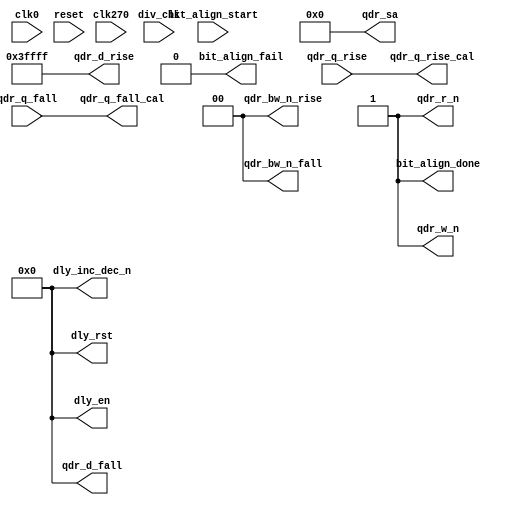
module qdrc_phy_bit_align(
    /* Misc signals */
    clk0, clk270,
    div_clk,
    reset,

    /* State control signals */
    bit_align_start,
    bit_align_done,
    bit_align_fail,

    /* Delay Control Signals */
    dly_inc_dec_n,
    dly_en,
    dly_rst,

    /* External QDR signals  */
    qdr_d_rise,
    qdr_d_fall,
    qdr_q_rise,
    qdr_q_fall,
    qdr_bw_n_rise,
    qdr_bw_n_fall,
    qdr_w_n,
    qdr_r_n,
    qdr_sa,

    /* Bit aligned Datal */
    qdr_q_rise_cal,
    qdr_q_fall_cal 
  );
  parameter DATA_WIDTH   = 18;
  parameter BW_WIDTH     = 2;
  parameter ADDR_WIDTH   = 21;
  parameter CLK_FREQ     = 200;
  parameter BURST_LENGTH = 4;
  parameter BYPASS       = 1;
  
  input clk0, clk270, div_clk, reset;

  input  bit_align_start;
  output bit_align_done, bit_align_fail;

  output [DATA_WIDTH - 1:0] dly_inc_dec_n;
  output [DATA_WIDTH - 1:0] dly_en;
  output [DATA_WIDTH - 1:0] dly_rst;

  output [DATA_WIDTH - 1:0] qdr_d_rise;
  output [DATA_WIDTH - 1:0] qdr_d_fall;
  input  [DATA_WIDTH - 1:0] qdr_q_rise;
  input  [DATA_WIDTH - 1:0] qdr_q_fall;
  output   [BW_WIDTH - 1:0] qdr_bw_n_rise;
  output   [BW_WIDTH - 1:0] qdr_bw_n_fall;
  output qdr_w_n;
  output qdr_r_n;
  output [ADDR_WIDTH - 1:0] qdr_sa;

  output [DATA_WIDTH - 1:0] qdr_q_rise_cal;
  output [DATA_WIDTH - 1:0] qdr_q_fall_cal; 

  localparam STATE_IDLE   = 3'd0;
  localparam STATE_WRITE  = 3'd1;
  localparam STATE_WAIT   = 3'd2;
  localparam STATE_TRAIN  = 3'd3;
  localparam STATE_ALIGN  = 3'd4;
  localparam STATE_FINISH = 3'd5;
  localparam STATE_DONE   = 3'd6;

/**************** GENERATE BYPASS PHY ************************/
generate if (BYPASS == 1) begin :bypass_bit_align
/********************* BYPASS PHY ****************************/

  assign bit_align_done = 1'b1;
  assign bit_align_fail = 1'b0;

  assign dly_inc_dec_n  = {DATA_WIDTH{1'b0}};
  assign dly_en         = {DATA_WIDTH{1'b0}};
  assign dly_rst        = {DATA_WIDTH{1'b0}};

  assign qdr_d_rise     = {DATA_WIDTH{1'b1}};
  assign qdr_d_fall     = {DATA_WIDTH{1'b0}};

  assign qdr_bw_n_rise  = {BW_WIDTH{1'b0}};
  assign qdr_bw_n_fall  = {BW_WIDTH{1'b0}};

  assign qdr_w_n        = 1'b1;
  assign qdr_r_n        = 1'b1;

  assign qdr_sa         = {ADDR_WIDTH{1'b0}};

  assign qdr_q_rise_cal = qdr_q_rise;
  assign qdr_q_fall_cal = qdr_q_fall;

/************** GENERATE ELSE INCLUDE PHY ********************/
end else begin                  :include_bit_align
/******************** INCLUDE PHY ****************************/

  reg train_start;
  wire train_done;
  wire train_fail;
  wire [DATA_WIDTH - 1:0] aligned;

  reg [3:0] train_start_stretch;
  reg [3:0] reset_stretch;

  always @(posedge clk0) begin
    if (reset) begin
      train_start_stretch <= 4'b0;
      reset_stretch       <= 4'b1111;
    end else begin
      if (train_start_stretch) begin
        train_start_stretch <= train_start_stretch << 1;
      end else if (train_start) begin
        train_start_stretch <= 4'b1111;
      end
      reset_stretch <= reset_stretch << 1;
    end
  end

  reg train_start_div_clk;
  reg reset_div_clk;

  always @(posedge div_clk) begin
    train_start_div_clk <= train_start_stretch[3];
    reset_div_clk       <= reset_stretch[3];
  end


  qdrc_phy_bit_train qdrc_phy_bit_train_inst (
    .clk   (div_clk),
    .reset (reset_div_clk),

    .train_start (train_start_div_clk),
    .train_done  (train_done),
    .train_fail  (train_fail),
    .aligned     (aligned),

    .q_rise (qdr_q_rise),
    .q_fall (qdr_q_fall),

    .dly_inc_dec_n (dly_inc_dec_n),
    .dly_en        (dly_en),
    .dly_rst       (dly_rst)
  );

 
  reg [2:0] state;

  assign bit_align_done = state == STATE_DONE;
  reg bit_align_fail_reg;
  assign bit_align_fail = bit_align_fail_reg;

  reg [3:0] read_wait;

  reg [2:0] finish_wait;

  always @(posedge clk0) begin
    train_start <= 1'b0;
    if (reset) begin
      state          <= STATE_IDLE;
      bit_align_fail_reg <= 1'b0;
    end else begin
      case (state)
        STATE_IDLE: begin
          if (bit_align_start) begin
             state <= STATE_WRITE;
          end
        end
        STATE_WRITE: begin
          read_wait <= 4'b1111;
          state <= STATE_WAIT;
        end
        STATE_WAIT:  begin
          if (read_wait) begin
            read_wait <= read_wait - 1;
          end else begin
            train_start <= 1'b1;
            state <= STATE_TRAIN;
          end
        end
        STATE_TRAIN: begin
        if (train_done) begin
            if (train_fail) begin
              bit_align_fail_reg <= 1'b1;
            end
            state <= STATE_ALIGN;
          end
        end
        STATE_ALIGN: begin
          state       <= STATE_FINISH;
          finish_wait <= 0;
        end
        STATE_FINISH: begin
          if (finish_wait == 3'b111) begin
            state <= STATE_DONE;
          end else begin
            finish_wait <= finish_wait + 1;
          end
        end
        STATE_DONE:  begin
        end
      endcase
    end
  end

  /* This module removes a possible half cycle delay 
   * that causes the rise data = 0 and fall = 1 */

  qdrc_phy_bit_correct qdrc_phy_bit_correct_inst [DATA_WIDTH - 1:0](
    .clk0   (clk0),
    .clk270 (clk270),
    .reset  (reset),

    .aligned (aligned),

    .qdr_q_rise (qdr_q_rise),
    .qdr_q_fall (qdr_q_fall),

    .qdr_q_rise_cal (qdr_q_rise_cal),
    .qdr_q_fall_cal (qdr_q_fall_cal)
  );

  assign qdr_d_rise     = {DATA_WIDTH{1'b1}};
  assign qdr_d_fall     = {DATA_WIDTH{1'b0}};

  assign qdr_bw_n_rise  = {BW_WIDTH{1'b0}};
  assign qdr_bw_n_fall  = {BW_WIDTH{1'b0}};

  reg qdr_w_n_reg, qdr_r_n_reg;
  always @(posedge clk0) begin
    qdr_w_n_reg <= !(state == STATE_WRITE);
    qdr_r_n_reg <= !(state == STATE_TRAIN || state == STATE_ALIGN || state == STATE_WAIT);
  end
  assign qdr_w_n = qdr_w_n_reg;
  assign qdr_r_n = qdr_r_n_reg;

  assign qdr_sa         = {ADDR_WIDTH{1'b0}};

end endgenerate
/******************  END GENERATE ***************************/

endmodule